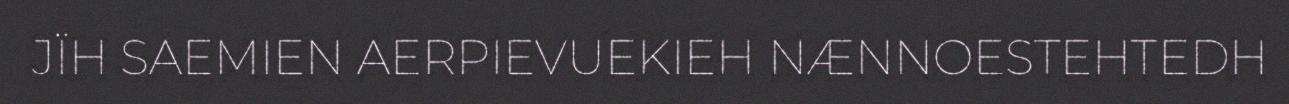
JÏH SAEMIEN AERPIEVUEKIEH NÆNNOESTEHTEDH